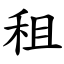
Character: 租